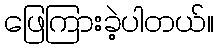
ဖြေကြားခဲ့ပါတယ်။